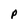
Character: P